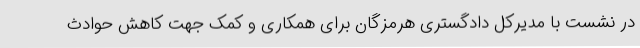
در نشست با مدیرکل دادگستری هرمزگان برای همکاری و کمک جهت کاهش حوادث